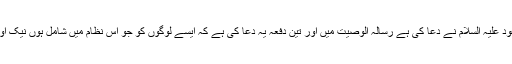
جیسا کہ حضرت اقدس مسیح موعود علیہ السلام نے دعا کی ہے رسالہ الوصیت میں اور تین دفعہ یہ دعا کی ہے کہ ایسے لوگوں کو جو اس نظام میں شامل ہوں نیک اور پاک لوگوں کی جماعت بنا دے۔